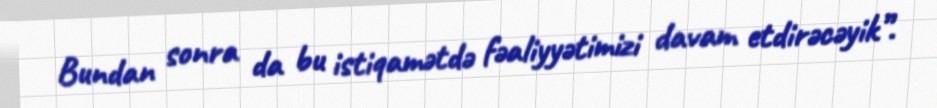
Bundan sonra da bu istiqamətdə fəaliyyətimizi davam etdirəcəyik”.